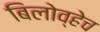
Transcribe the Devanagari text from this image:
बिलोव्हेच